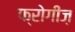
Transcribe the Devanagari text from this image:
फ्रोगीज़